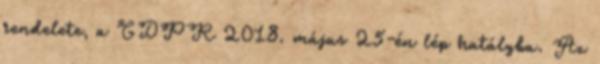
rendelete, a GDPR 2018. május 25-én lép hatályba. Az